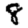
Digit: 8